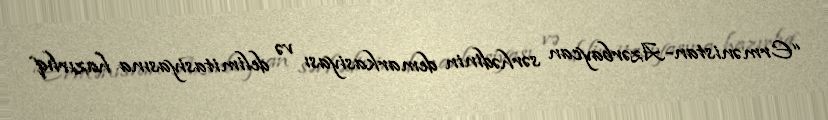
“Ermənistan-Azərbaycan sərhədinin demarkasiyası və delimitasiyasına hazırlıq